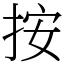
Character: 按